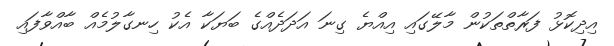
އިދިކޮޅު ފަރާތްތަކުން މާލޭގައި އިއްޔެ ގިނަ އަދަދެއްގެ ބަޔަކާ އެކު ހިނގާލުމެއް ބާއްވާފައި